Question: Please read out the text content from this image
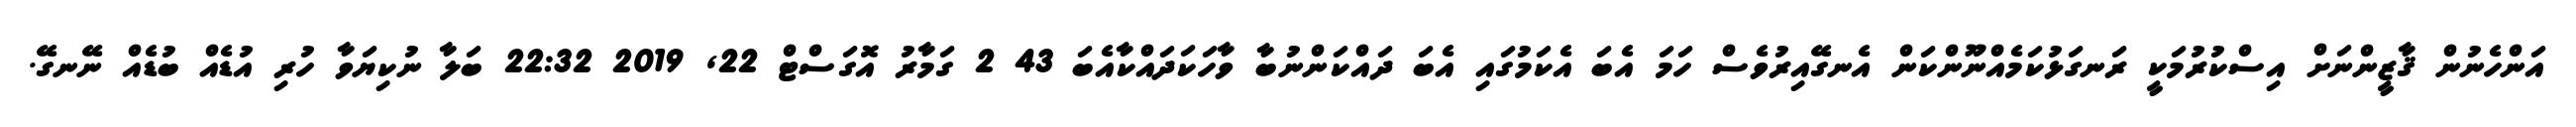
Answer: އަންހެނުން ޤާޒީންނަށް އިސްކުރުމަކީ ރަނގަޅުކަމެއްނޫންކަން އެނގޭއިރުވެސް ހަމަ އެބަ އެކަމުގައި އެބަ ދައްކަންނުބާ ވާހަކަދައްކާއެބަ 43 2 ގަމާރު އޮގަސްޓް 22, 2019 22:32 ބަލާ ނުކިޔަވާ ހުރި އުޑެއް ބުޑެއް ނޭނގޭ.